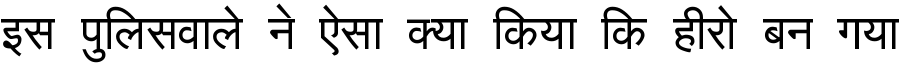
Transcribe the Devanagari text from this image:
इस पुलिसवाले ने ऐसा क्या किया कि हीरो बन गया